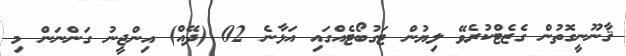
ޤާނޫނީގޮތުން ގެޒެޓްކުރެވޭ ލިޔުން ޓަގުބޯޓެއްގައި އަޅާނެ 02 (ދޭއް) އިންޖީނު ގަންނަން މި